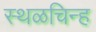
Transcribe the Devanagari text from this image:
स्थळचिन्ह